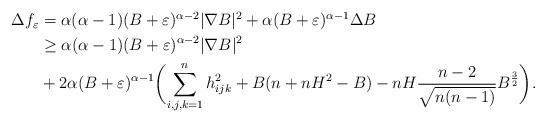
LaTeX: \begin{align*}\begin{aligned}\Delta f_{\varepsilon}&=\alpha(\alpha-1)(B+\varepsilon)^{\alpha-2}|\nabla B|^2+\alpha (B+\varepsilon)^{\alpha-1}\Delta B\\&\geq \alpha(\alpha-1)(B+\varepsilon)^{\alpha-2}|\nabla B|^2\\&+2\alpha (B+\varepsilon)^{\alpha-1}\biggl(\sum_{i,j,k=1}^nh_{ijk}^2+B(n+nH^2-B)-nH\dfrac{n-2}{\sqrt{n(n-1)}}B^{\frac32}\biggl).\end{aligned}\end{align*}